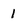
Character: 1